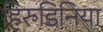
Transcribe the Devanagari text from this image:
हिरुडिनिया